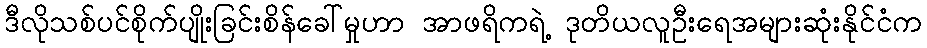
ဒီလိုသစ်ပင်စိုက်ပျိုးခြင်းစိန်ခေါ်မှုဟာ အာဖရိကရဲ့ ဒုတိယလူဦးရေအများဆုံးနိုင်ငံက